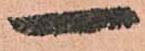
一